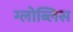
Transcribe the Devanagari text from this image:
ग्लोब्लिस